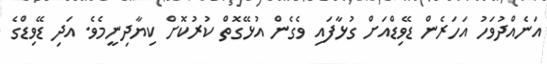
އަނެއްދުވަހު އަހަރެން ޑޭވިޑްއަށް ގުޅާފައި ވެގެން އުޅޭގޮތް ކުރުކޮށް ކިޔާދިނީމެވެ. އަދި ޑޭވިޑްގެ